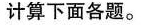
计算下面各题。